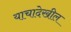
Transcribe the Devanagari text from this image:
याचादेखील